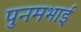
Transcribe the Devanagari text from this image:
पुनमभाई